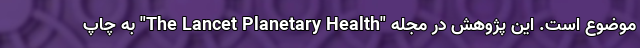
موضوع است. این پژوهش در مجله "The Lancet Planetary Health" به چاپ